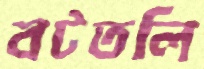
বটতলি